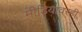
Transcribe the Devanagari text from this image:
मीडियावरही